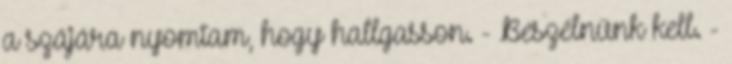
a szájára nyomtam, hogy hallgasson. - Beszélnünk kell. -